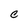
Character: C